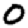
Digit: 0